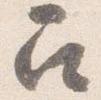
召